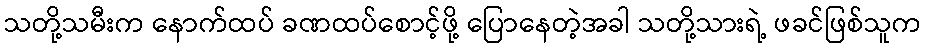
သတို့သမီးက နောက်ထပ် ခဏထပ်စောင့်ဖို့ ပြောနေတဲ့အခါ သတို့သားရဲ့ ဖခင်ဖြစ်သူက